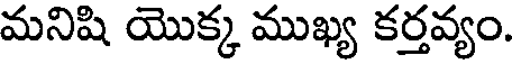
మనిషి యొక్క ముఖ్య కర్తవ్యం.